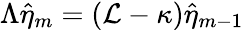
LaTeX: \Lambda\hat{\eta}_{m}=(\mathcal{L}-\kappa)\hat{\eta}_{m-1}